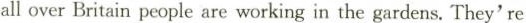
all over Britain people are working in the gardens. They're